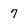
Character: 7